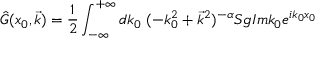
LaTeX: \hat { G } ( x _ { 0 } , \vec { k } ) = \frac { 1 } { 2 } \int _ { - \infty } ^ { + \infty } d k _ { 0 } ~ ( - k _ { 0 } ^ { 2 } + \vec { k } ^ { 2 } ) ^ { - \alpha } S g I m k _ { 0 } e ^ { i k _ { 0 } x _ { 0 } }